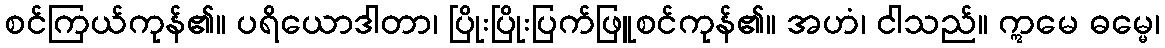
စင်ကြယ်ကုန်၏။ ပရိယောဒါတာ၊ ပြိုးပြိုးပြက်ဖြူစင်ကုန်၏။ အဟံ၊ ငါသည်။ ဣမေ ဓမ္မေ၊